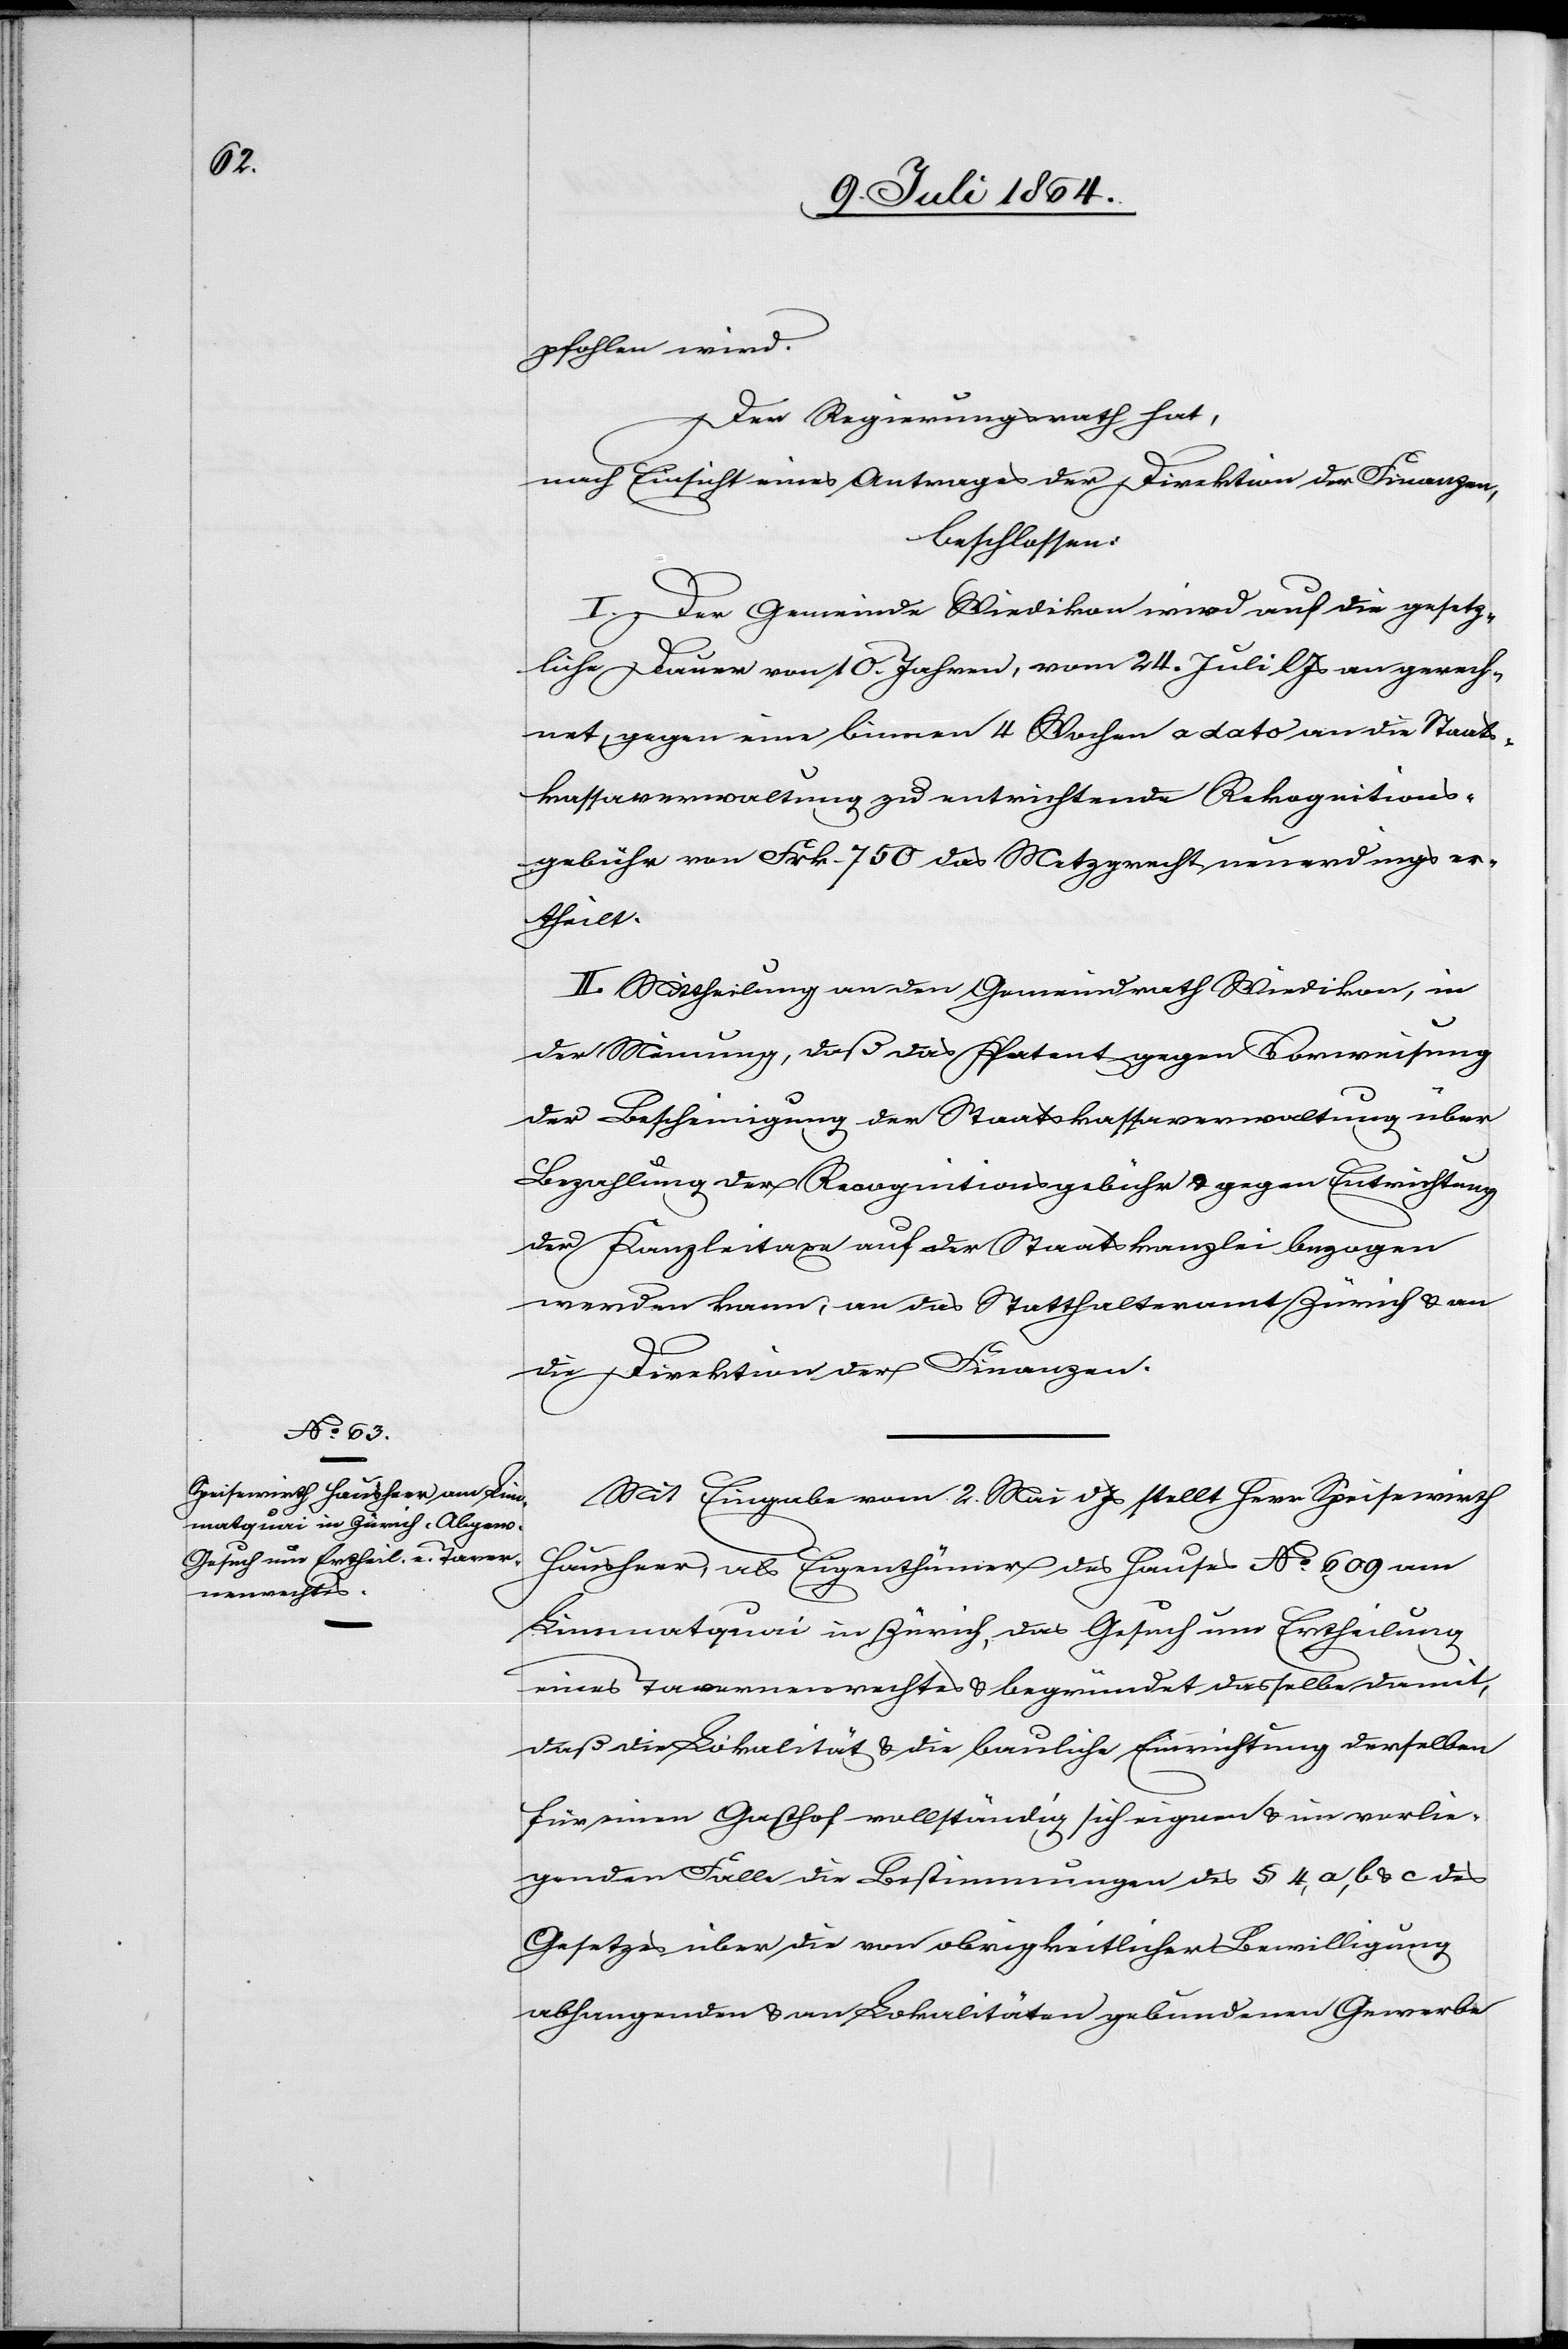
pfohlen wird.
Der Regierungsrath hat,
nach Einsicht eines Antrages der Direktion der Finanzen,
beschlossen:
I. Der Gemeinde Wiedikon wird auf die gesetz¬
liche Dauer von 10. Jahren, vom 24. Juli l. Js. an gerech¬
net, gegen eine binnen 4 Wochen a dato an die Staats¬
kassaverwaltung zu entrichtende Rekognitions¬
gebühr von Frk. 750 das Metzgrecht neuerdings er¬
theilt.
II. Mittheilung an den Gemeindrath Wiedikon, in
der Meinung, daß das Patent gegen Vorweisung
der Bescheinigung der Staatskassaverwaltung über
Bezahlung der Recognitionsgebühr u. gegen Entrichtung
der Kanzleitaxe auf der Staatskanzlei bezogen
werden kann, an das Statthalteramt Zürich u. an
die Direktion der Finanzen.
Mit Eingabe vom 2. Mai d. Js. stellt Herr Speisewirth
Hausheer als Eigenthümer des Hauses No 609 am
Limmatquai in Zürich, das Gesuch um Ertheilung
eines Tavernenrechtes u. begründet dasselbe damit,
daß die Lokalität u. die bauliche Einrichtung derselben
für einen Gasthof vollständig sich eignen u. im vorlie¬
genden Falle die Bestimmungen des § 4, a, b & c des
Gesetzes über die von obrigkeitlicher Bewilligung
abhangenden u. an den Lokalitäten gebundenen Gewerbe